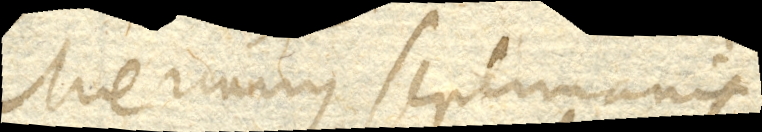
Mercurius septimanis